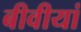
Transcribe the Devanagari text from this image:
बीवीयां